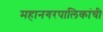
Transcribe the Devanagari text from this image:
महानगरपालिकांची